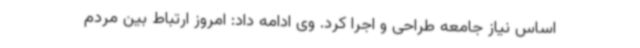
اساس نیاز جامعه طراحی و اجرا کرد. وی ادامه داد: امروز ارتباط بین مردم